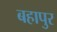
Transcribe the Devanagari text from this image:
बहापुर